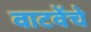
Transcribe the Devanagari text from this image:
वाटवेंचे